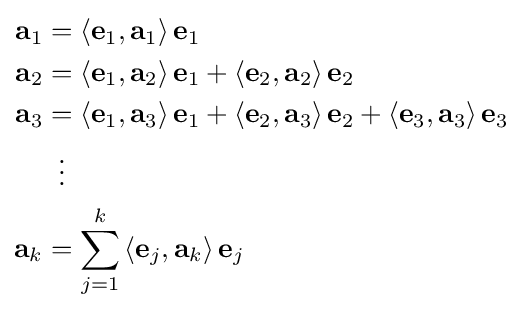
{\begin{aligned}\mathbf {a} _{1}&=\left\langle \mathbf {e} _{1},\mathbf {a} _{1}\right\rangle \mathbf {e} _{1}\\\mathbf {a} _{2}&=\left\langle \mathbf {e} _{1},\mathbf {a} _{2}\right\rangle \mathbf {e} _{1}+\left\langle \mathbf {e} _{2},\mathbf {a} _{2}\right\rangle \mathbf {e} _{2}\\\mathbf {a} _{3}&=\left\langle \mathbf {e} _{1},\mathbf {a} _{3}\right\rangle \mathbf {e} _{1}+\left\langle \mathbf {e} _{2},\mathbf {a} _{3}\right\rangle \mathbf {e} _{2}+\left\langle \mathbf {e} _{3},\mathbf {a} _{3}\right\rangle \mathbf {e} _{3}\\&\;\;\vdots \\\mathbf {a} _{k}&=\sum _{j=1}^{k}\left\langle \mathbf {e} _{j},\mathbf {a} _{k}\right\rangle \mathbf {e} _{j}\end{aligned}}